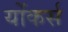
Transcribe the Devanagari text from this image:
योंकर्स